Karu_vallavalitsus_Parnumaal, lk 2
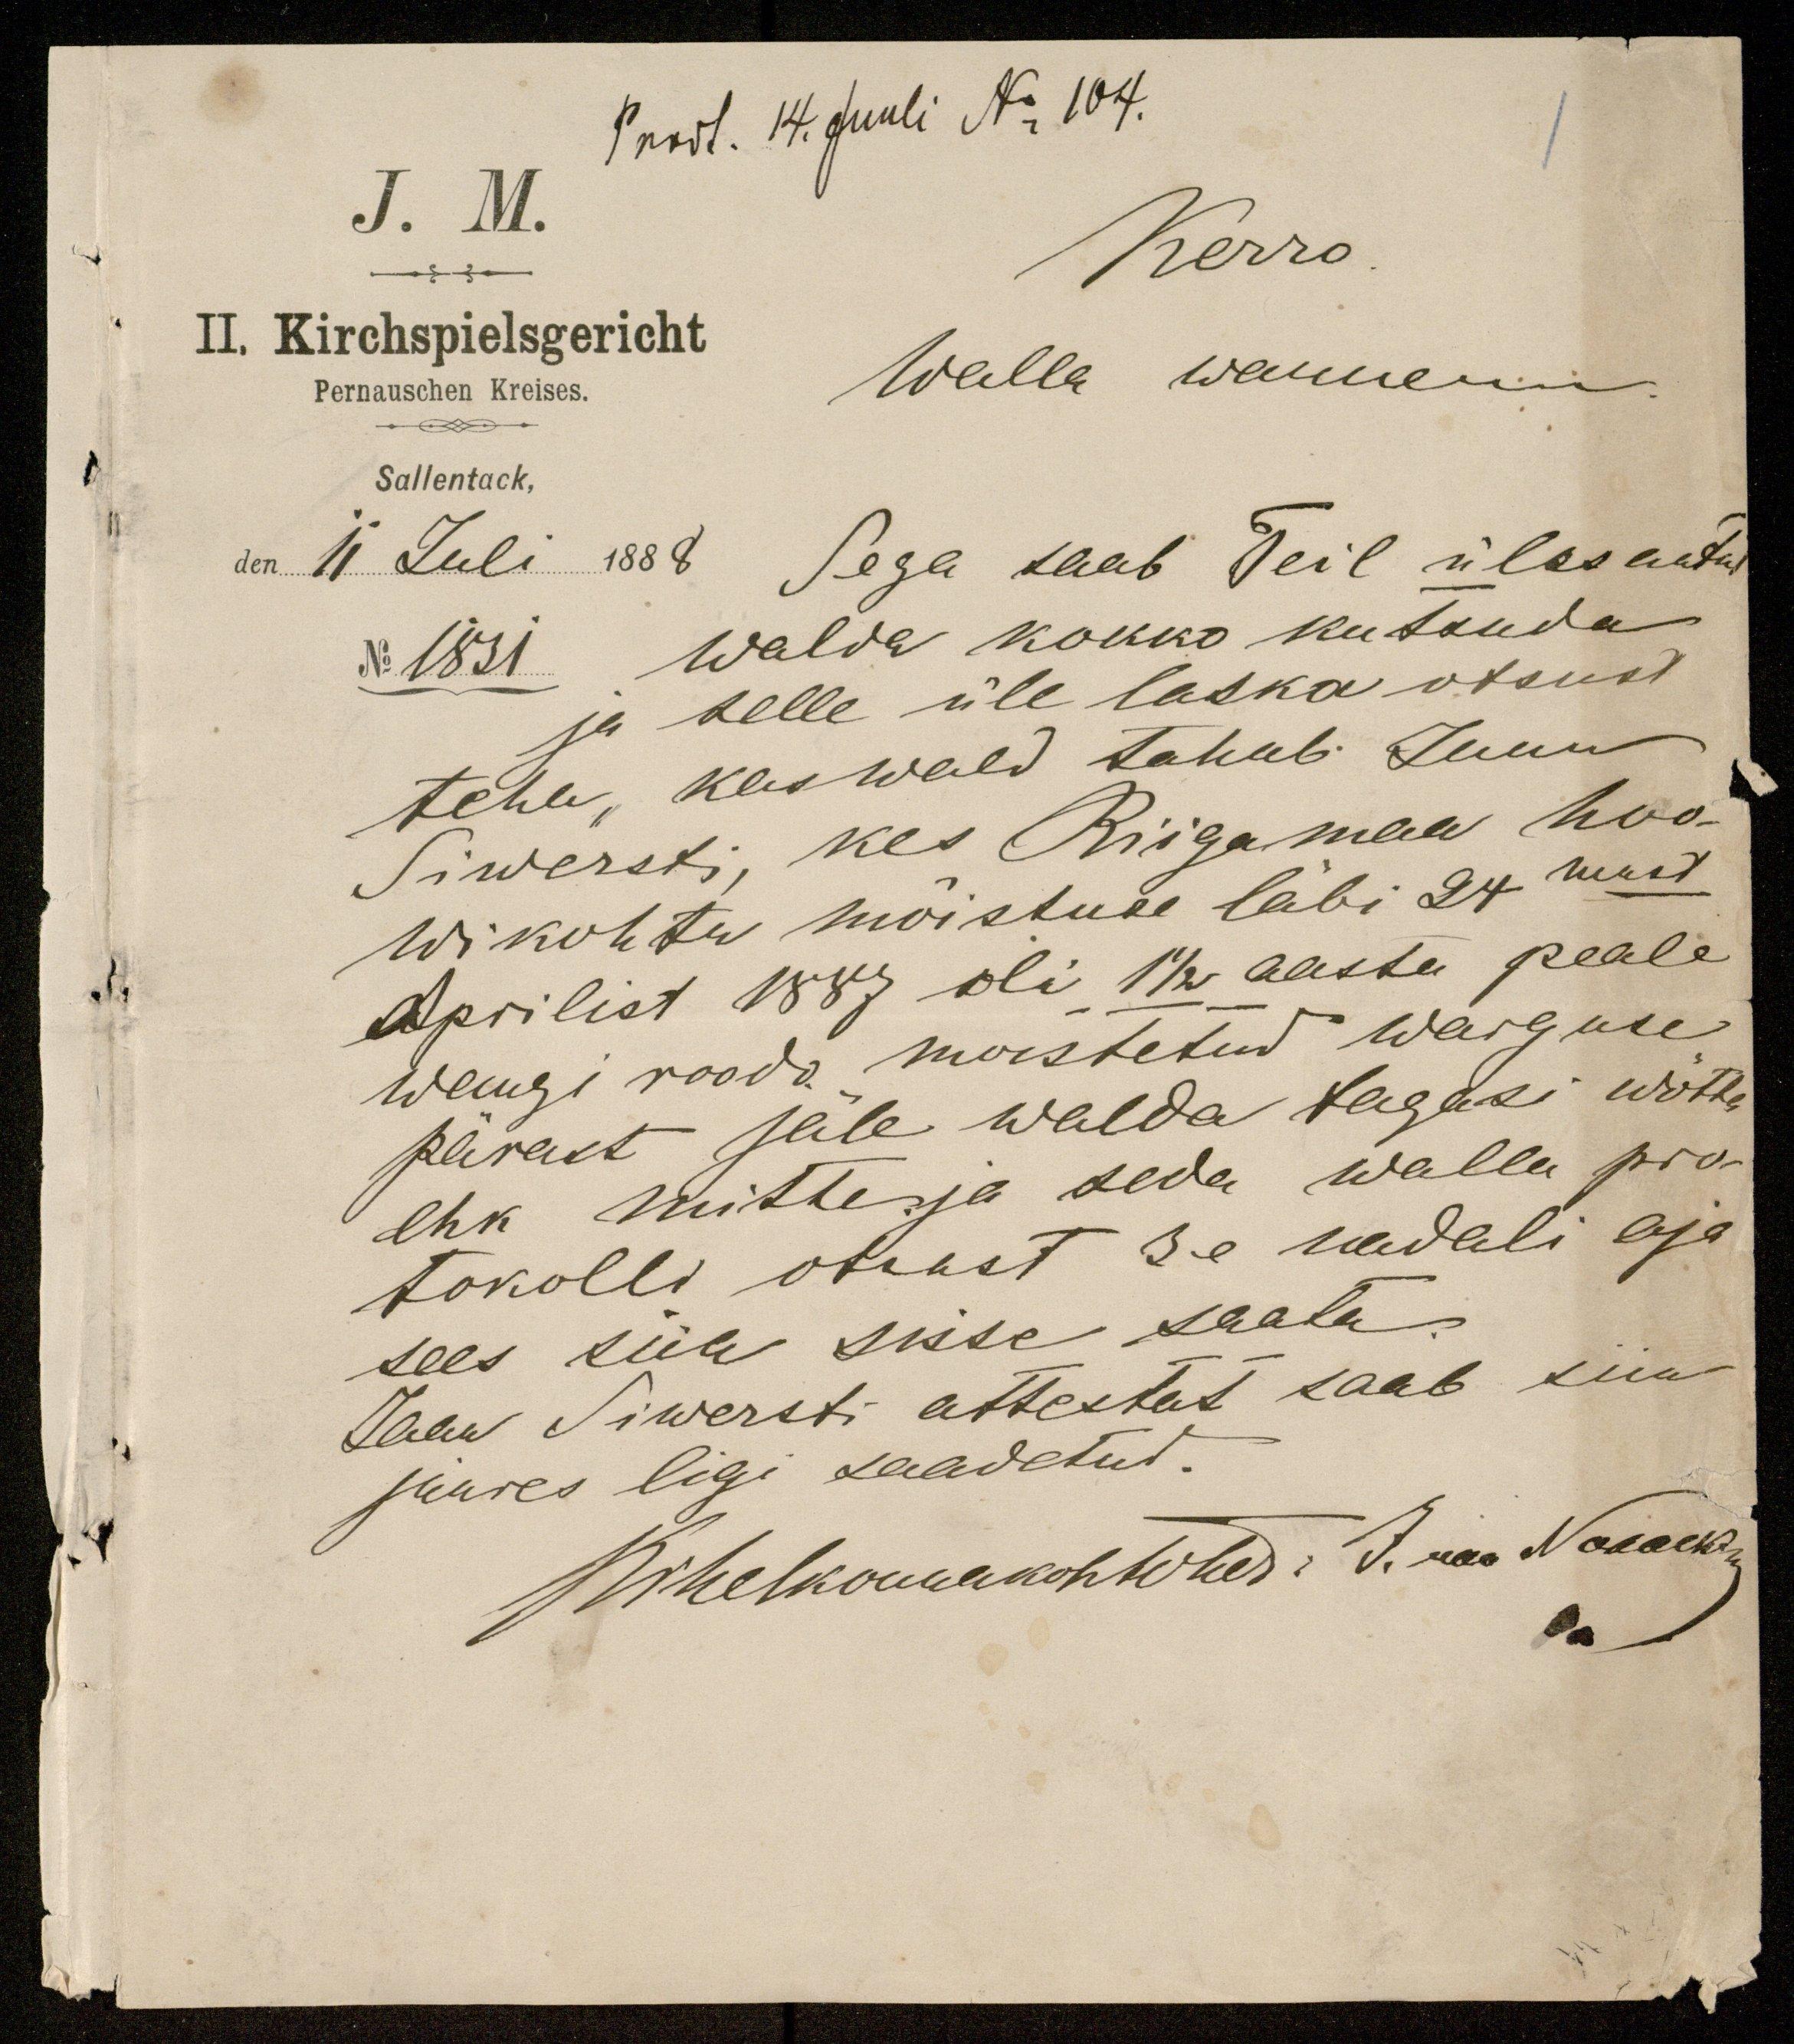
Prodt. 14. Juuli No 104.
J. M.
Kerro
Walla wannem
Sallentack,
den 11 Juli 1888
Sega saab Teil üles antud
No 1831
walda kokko kutsuda
ja selle üle laska otsust
teha, kas wald tahab Jaan
Siwersti, kes Riigamaa hoo-
wikohtu mõistuse läbi 24 mast
Aprilist 1887 oli 1 1/2 aasta peale
wangi roodo moistetud warguse
pärast jäle walda tagasi wõtta
ehk mitte ja seda walla pro-
tokolli otsust 3e nadali aja
sees siin sisse saata.
Jaan Siwersti attestat saab siin
juures ligi saadetud.
Kihelkonnakohtotees: J. raa Naaekar